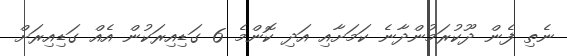
ނެތި ފެން ދޫކުރަމުންދާނެ ކަމަށާއި އަދި ކޮންމެ 6 ގަޑިއިރަކުން އެއް ގަޑިއިރަށް